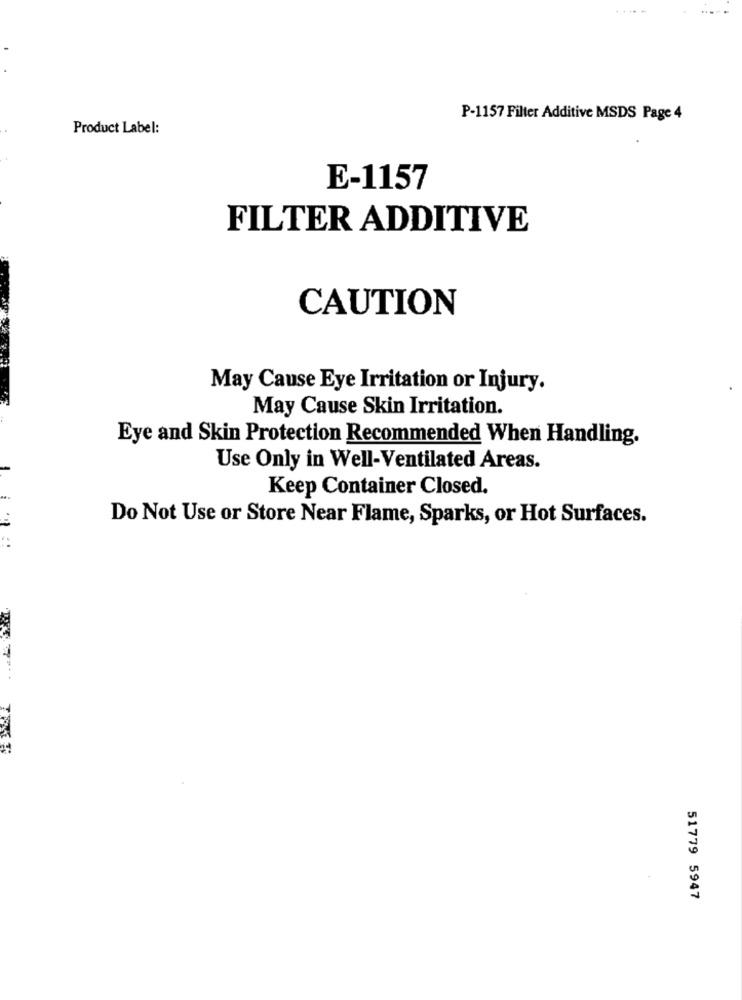
P-1157 Filter Additive MSDS Page 4
Product Label:
E-1157
FILTER ADDITIVE
CAUTION
May Cause Eye Irritation or Injury.
May Cause Skin Irritation.
Eye and Skin Protection Recommended When Handling.
Use Only in Well-Ventilated Areas.
Keep Container Closed.
Do Not Use or Store Near Flame, Sparks, or Hot Surfaces.
..
51779 5947